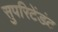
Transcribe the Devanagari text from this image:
सुपरिटेंडंट